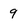
Character: 9